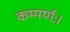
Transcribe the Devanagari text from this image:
कम्मर्णः।